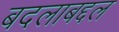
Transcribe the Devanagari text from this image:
बदलाबद्दल